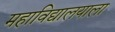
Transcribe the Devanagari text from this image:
महाविद्यालयाला